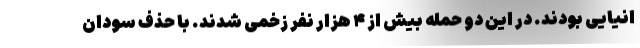
انیایی بودند. در این دو حمله بیش از ۴ هزار نفر زخمی شدند. با حذف سودان